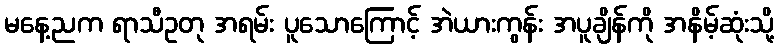
မနေ့ညက ရာသီဥတု အရမ်း ပူသောကြောင့် အဲယားကွန်း အပူချိန်ကို အနိမ့်ဆုံးသို့